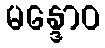
မန္ဒောဝ